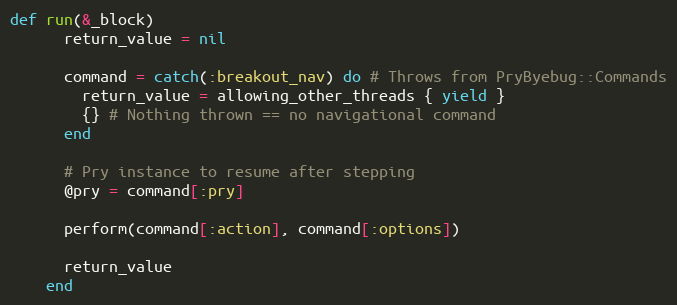
Language: Ruby
def run(&_block)
      return_value = nil

      command = catch(:breakout_nav) do # Throws from PryByebug::Commands
        return_value = allowing_other_threads { yield }
        {} # Nothing thrown == no navigational command
      end

      # Pry instance to resume after stepping
      @pry = command[:pry]

      perform(command[:action], command[:options])

      return_value
    end